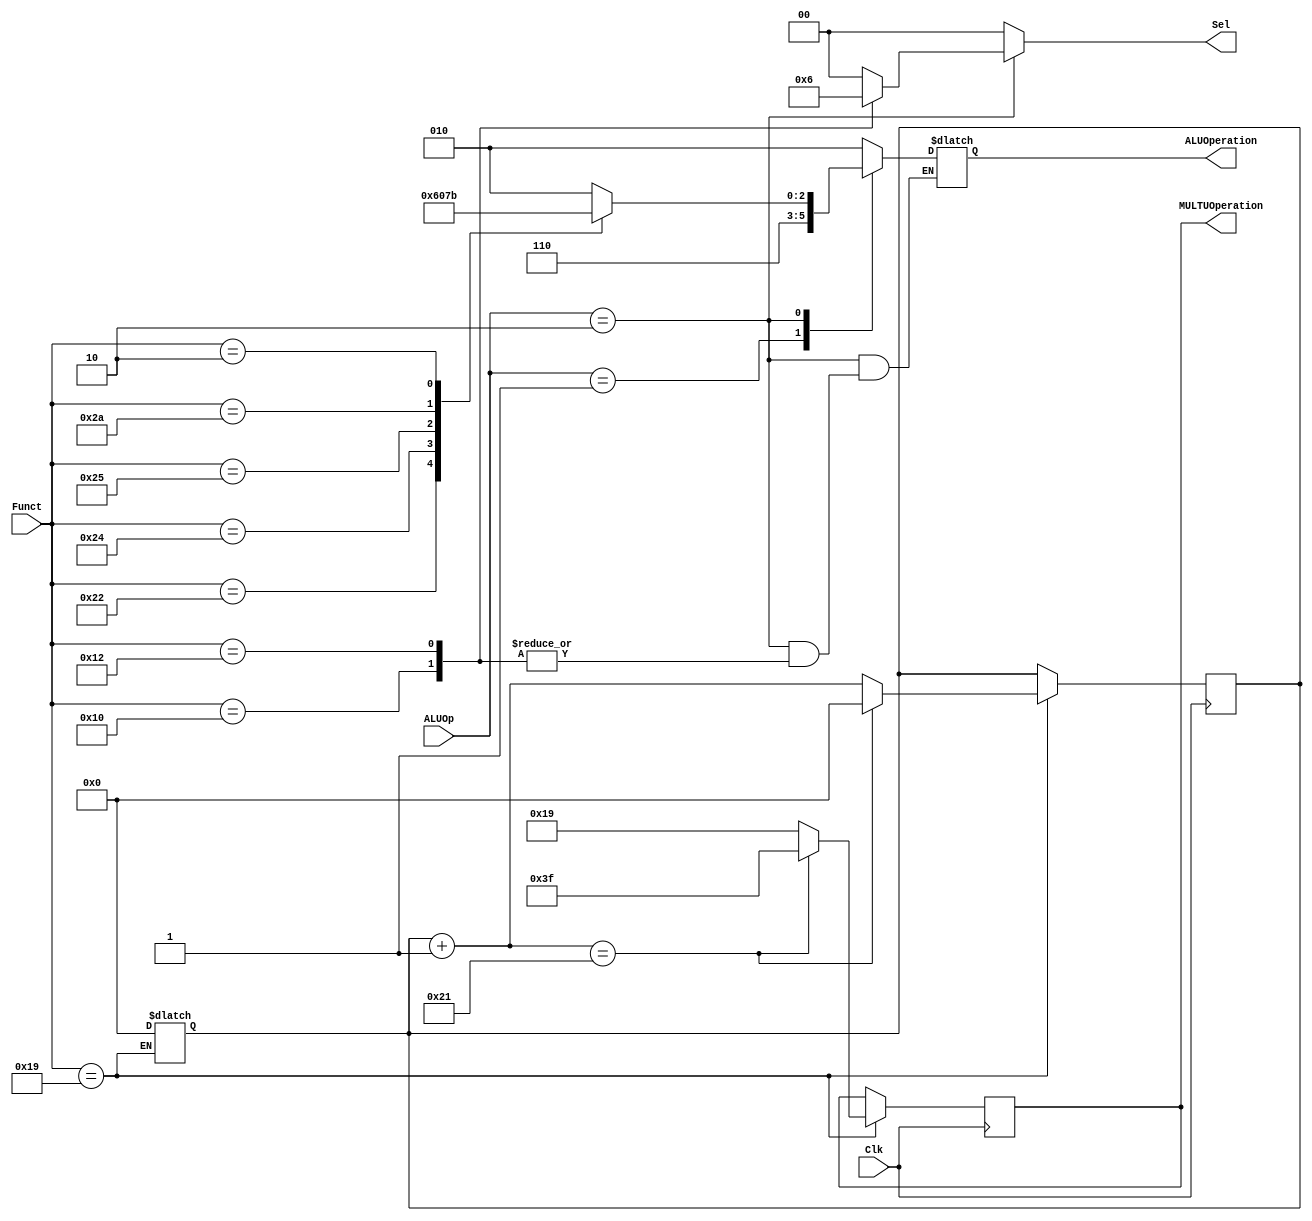
/*
	Title:	ALU Control Unit
	Author: Garfield (Computer System and Architecture Lab, ICE, CYCU)
	Input Port
		1. ALUOp: alu+-
		2. Funct: 6
	Output Port
		1. ALUOperation: 
*/

module ALU_Control_Unit( Clk, ALUOp, Funct, ALUOperation, MULTUOperation, Sel );
  
  input       Clk;
  input [1:0] ALUOp;
  input [5:0] Funct;
    
  output reg [1:0] Sel;
  output reg [2:0] ALUOperation;
  output reg [5:0] MULTUOperation;
  
  reg [6:0] counter ;

  // symbolic constants for instruction function code
  parameter SRL   = 6'b000010; // 2
  parameter MFHI  = 6'b010000; // 16
  parameter MFLO  = 6'b010010; // 18
  parameter MULTU = 6'b011001; // 25
  parameter ADD   = 6'b100000; // 32
  parameter SUB   = 6'b100010; // 34
  parameter AND   = 6'b100100; // 36
  parameter OR    = 6'b100101; // 37
  parameter SLT   = 6'b101010; // 42
  parameter HILO  = 6'b111111; // 63

  // symbolic constants for ALU Operations
  parameter ALU_srl   = 3'b011; 
  parameter ALU_multu = 3'b100; 
  parameter ALU_add   = 3'b010;
  parameter ALU_sub   = 3'b110;
  parameter ALU_and   = 3'b000;
  parameter ALU_or    = 3'b001;
  parameter ALU_slt   = 3'b111;

  always@( Funct )
  begin
  
    if ( Funct == MULTU )
	//
    begin
      
      counter <= 0 ;
      // 0
    end

  end

  always@( posedge Clk )
  // CLK
  begin
  
    if ( Funct == MULTU )
    begin

      MULTUOperation = MULTU;
      counter = counter + 1 ;
    
      if ( counter == 33 )
      begin
      
        MULTUOperation = HILO ; // Open HiLo reg for Div
        counter = 0 ;
      
      end
    
    end

  end
	
  always @( ALUOp or Funct )
  begin

    Sel = 2'b00;
    case ( ALUOp ) 

      2'b00 : ALUOperation = ALU_add;
      2'b01 : ALUOperation = ALU_sub;
      2'b10 : 
      case ( Funct ) 

        ADD  : ALUOperation = ALU_add;
        SUB  : ALUOperation = ALU_sub;
        AND  : ALUOperation = ALU_and;
        OR   : ALUOperation = ALU_or;
        SLT  : ALUOperation = ALU_slt;
        SRL  : ALUOperation = ALU_srl;
        MFHI : Sel = 2'b01;
        MFLO : Sel = 2'b10;
        default ALUOperation = 3'bxxx;

      endcase

      default ALUOperation = 3'bxxx;

    endcase

  end

endmodule